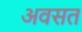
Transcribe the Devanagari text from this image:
अवसत